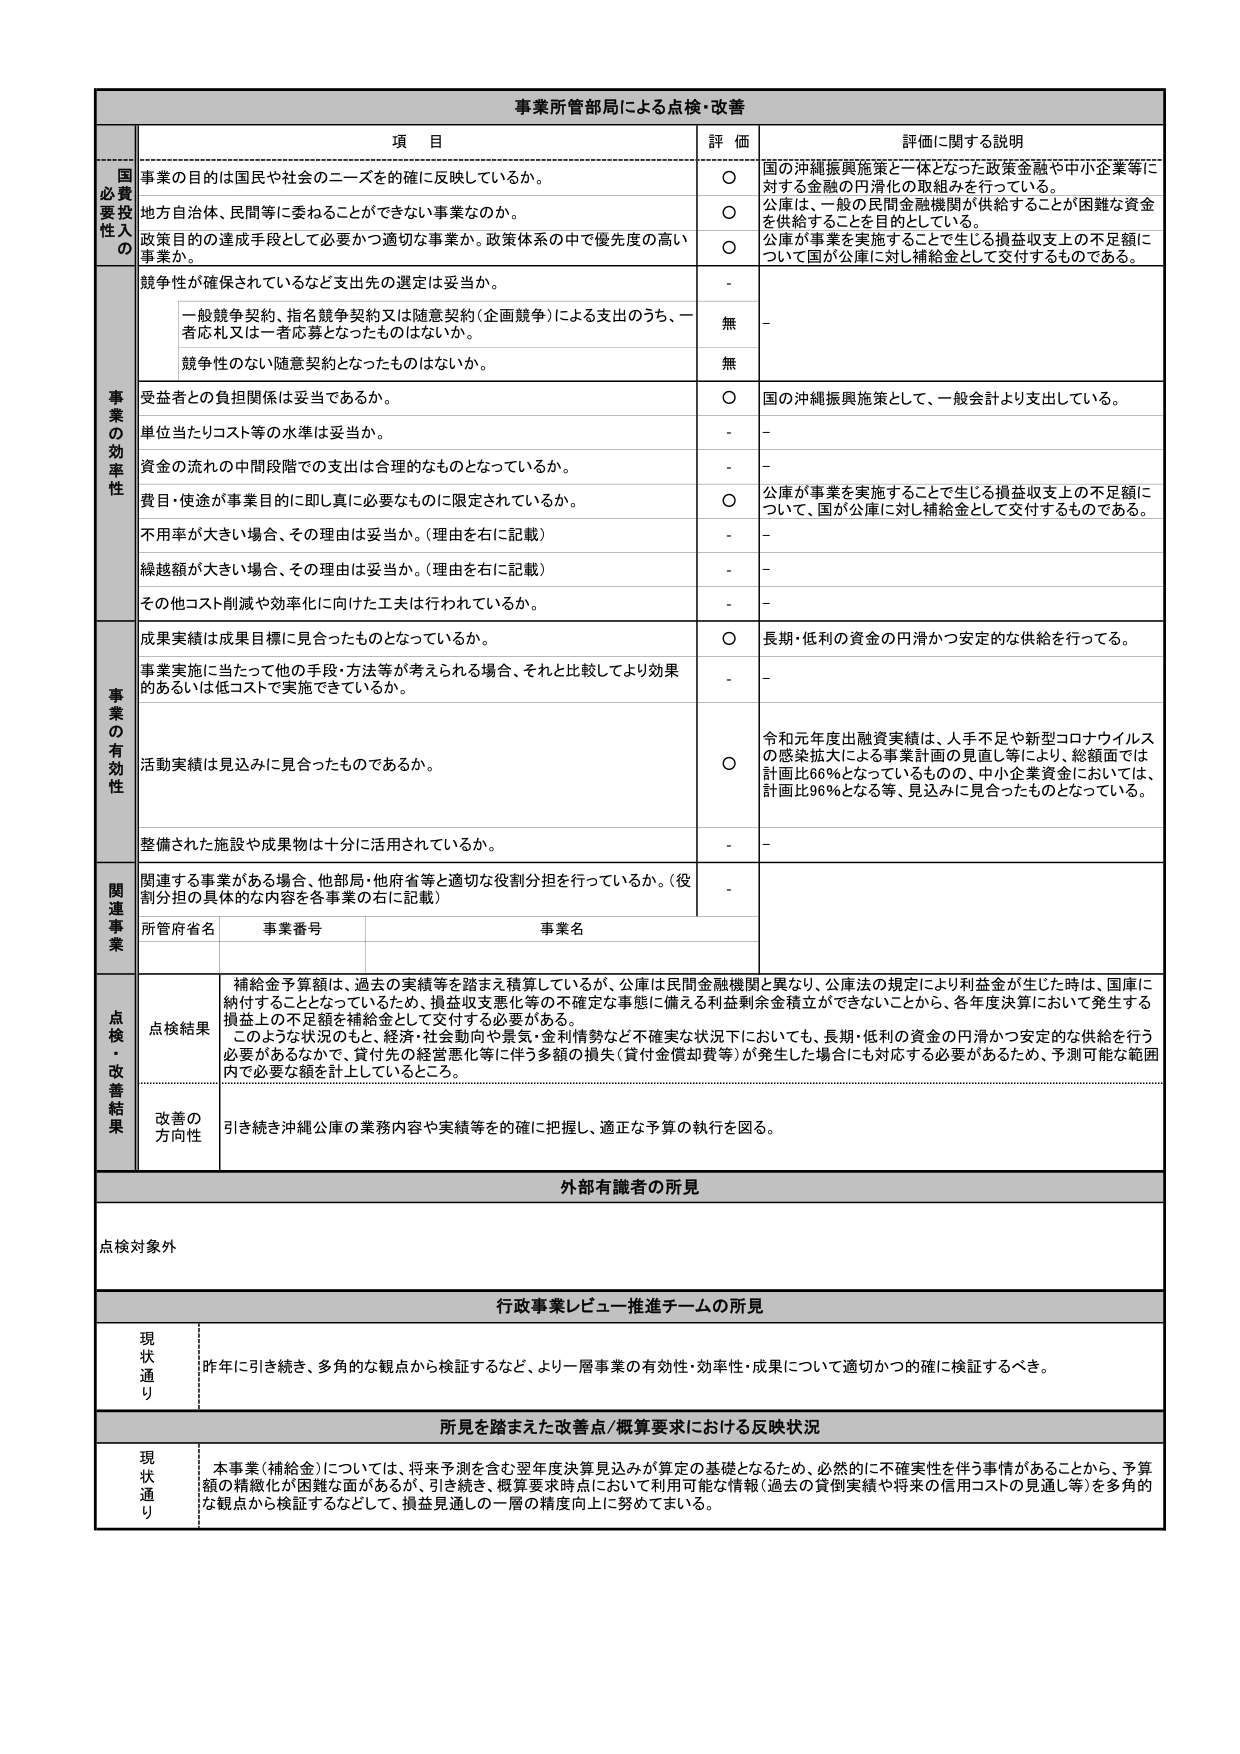
事業所管部局による点検・改善

項 目 評 価 評価に関する説明

国必要投資性の
事業の目的は国民や社会のニーズを確に反映しているか。
○ 国の沖縄振興施策と一体となった政策金融や中小企業等に対する金融の円滑化の取組みを行っている。
地方自治体、民間等に委ねることができない事業なのか。
○ 公庫は、一般の民間金融機関が供給することが困難な資金を供給することを目的としている。
政策目的の達成手段として必要かつ適切な事業か。政策体系の中で優先度の高い事業か。
○ 公庫が事業を実施することで生じる損益収支上の不足額について国が公庫に対し補給金として交付するものである。

事業の効率性
競争性が確保されているなど支出先の選定は妥当か。
- -
一般競争契約、指名競争契約又は随意契約（企画競争）による支出のうち、一者応札又は一者応募となったものはないか。
無 -
競争性のない随意契約となったものはないか。
無
受益者との負担関係は妥当であるか。
○ 国の沖縄振興施策として、一般会計より支出している。
単位当たりコスト等の水準は妥当か。
- -
資金の流れの中間段階での支出は合理的なものとなっているか。
- -
費目・用途が事業目的に即し真に必要なものに限定されているか。
○ 公庫が事業を実施することで生じる損益収支上の不足額について、国が公庫に対し補給金として交付するものである。
不用率が大きい場合、その理由は妥当か。（理由を右に記載）
- -
繰越額が大きい場合、その理由は妥当か。（理由を右に記載）
- -
その他コスト削減や効率化に向けた工夫は行われているか。
- -

事業の有効性
成果実績は成果目標に見合ったものとなっているか。
○ 長期・低利の資金の円滑かつ安定的な供給を行っている。
事業実施に当たって他の手段・方法等が考えられる場合、それと比較してより効果的あるいは低コストで実施できているか。
- -
活動実績は見込みに見合ったものであるか。
○ 令和元年度出融資実績は、人手不足や新型コロナウイルスの感染拡大による事業計画の見直し等により、総額面では計画比66％となっているものの、中小企業資金においては、計画比96％となる等、見込みに見合ったものとなっている。
整備された施設や成果物は十分に活用されているか。
- -

関連事業
関連する事業がある場合、他部局・他府省等と適切な役割分担を行っているか。（役割分担の具体的な内容を各事業の右に記載）
-
所管府省名 事業番号 事業名

点検・改善結果
点検結果 補給金予算額は、過去の実績等を踏まえ積算しているが、公庫は民間金融機関と異なり、公庫法の規定により利益金が生じた時は、国庫に納付することとなっているため、損益収支変化等の不確定な事態に備える利益剰余金積立ができないことから、各年度決算において発生する損益上の不足額を補給金として交付する必要がある。
このような状況のもと、経済・社会動向や景気・金利情勢など不確実な状況下においても、長期・低利の資金の円滑かつ安定的な供給を行う必要があるなかで、貸付先の経営悪化等に伴う多額の損失（貸付金償却費等）が発生した場合にも対応する必要があるため、予測可能な範囲内で必要な額を計上しているところ。
改善の方向性 引き続き沖縄公庫の業務内容や実績等を的確に把握し、適正な予算の執行を図る。

外部有識者の所見
点検対象外

行政事業レビュー推進チームの所見
現状通り 昨年に引き続き、多角的な観点から検証するなど、より一層事業の有効性・効率性・成果について適切かつ的確に検証するべき。

所見を踏まえた改善点/概算要求における反映状況
現状通り 本事業（補給金）については、将来予測を含む翌年度決算見込みが算定の基礎となるため、必然的に不確実性を伴う事情があることから、予算額の精緻化が困難な面があるが、引き続き、概算要求時点において利用可能な情報（過去の貸倒実績や将来の信用コストの見通し等）を多角的な観点から検証するなどして、損益見通しの一層の精度向上に努めてまいる。